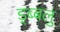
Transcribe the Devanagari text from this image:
ड्ब्बलु